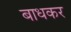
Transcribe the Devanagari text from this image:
बाधकर